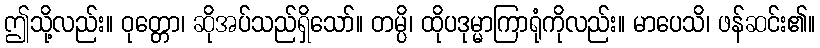
ဤသို့လည်း။ ဝုတ္တော၊ ဆိုအပ်သည်ရှိသော်။ တမ္ပိ၊ ထိုပဒုမ္မာကြာရုံကိုလည်း။ မာပေသိ၊ ဖန်ဆင်း၏။